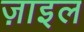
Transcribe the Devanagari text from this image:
ज़ाइल